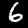
Digit: 6